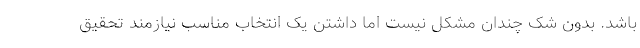
باشد. بدون شک چندان مشکل نیست اما داشتن یک انتخاب مناسب نیازمند تحقیق